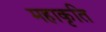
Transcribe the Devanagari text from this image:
महाकृति